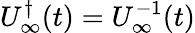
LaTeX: U_{\infty}^{\dagger}(t)=U_{\infty}^{-1}(t)